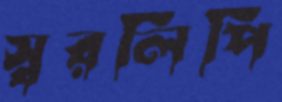
স্বরলিপি